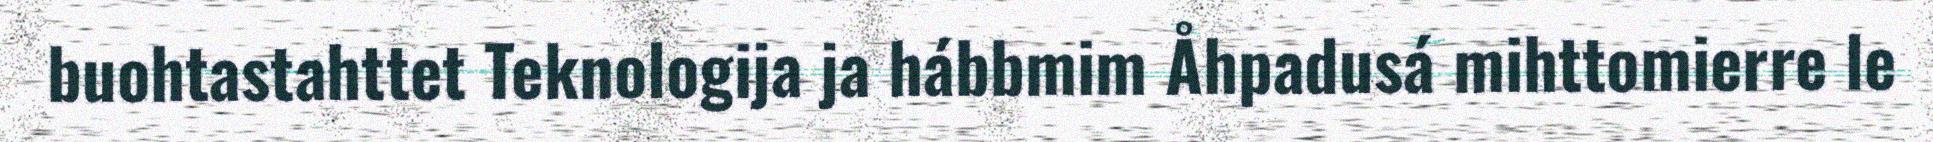
buohtastahttet Teknologija ja hábbmim Åhpadusá mihttomierre le